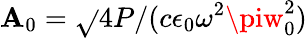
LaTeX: \mathbf{A}_{0}=\sqrt{}{{4P/(c\epsilon_{0}\omega^{2}\piw_{0}^{2})}}